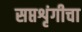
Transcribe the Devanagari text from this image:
सप्तशृंगीचा